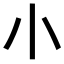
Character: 𡭔